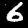
Label: 6